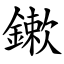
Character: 鏉